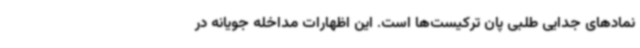
نمادهای جدایی طلبی پان ترکیست‌ها است. این اظهارات مداخله جویانه در